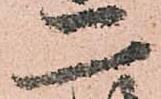
二